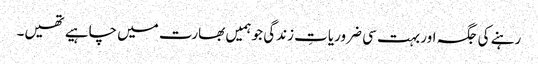
رہنے کی جگہ اور بہت سی ضروریاتِ زندگی جو ہمیں بھارت میں چاہیے تھیں۔